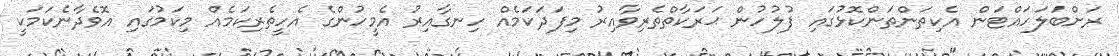
ރަށްބަލަހައްޓަން އެކިތަންތަންކޮޅުގައި ފުލުހުން ޙަރަކާތްތެރިވާއިރު މިފަދަކަމެއް ހިނގާއިރު އެމީހުންގެ އެހީތެރިކަމެއް މިކަމުގައި އޮވެދާނެކަމަކީ